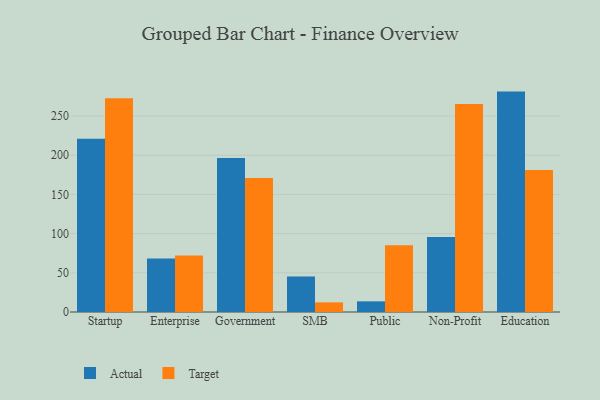
{"axis": {"x": "Segment", "y": "Waste Production (Tons)"}, "legend": ["Actual", "Target"], "data": [{"x": "Startup", "y": 220.9, "type": "Actual"}, {"x": "Startup", "y": 272.6, "type": "Target"}, {"x": "Enterprise", "y": 68.1, "type": "Actual"}, {"x": "Enterprise", "y": 72.2, "type": "Target"}, {"x": "Government", "y": 196.4, "type": "Actual"}, {"x": "Government", "y": 171.0, "type": "Target"}, {"x": "SMB", "y": 45.3, "type": "Actual"}, {"x": "SMB", "y": 12.3, "type": "Target"}, {"x": "Public", "y": 13.6, "type": "Actual"}, {"x": "Public", "y": 85.2, "type": "Target"}, {"x": "Non-Profit", "y": 95.6, "type": "Actual"}, {"x": "Non-Profit", "y": 265.3, "type": "Target"}, {"x": "Education", "y": 281.2, "type": "Actual"}, {"x": "Education", "y": 181.3, "type": "Target"}]}